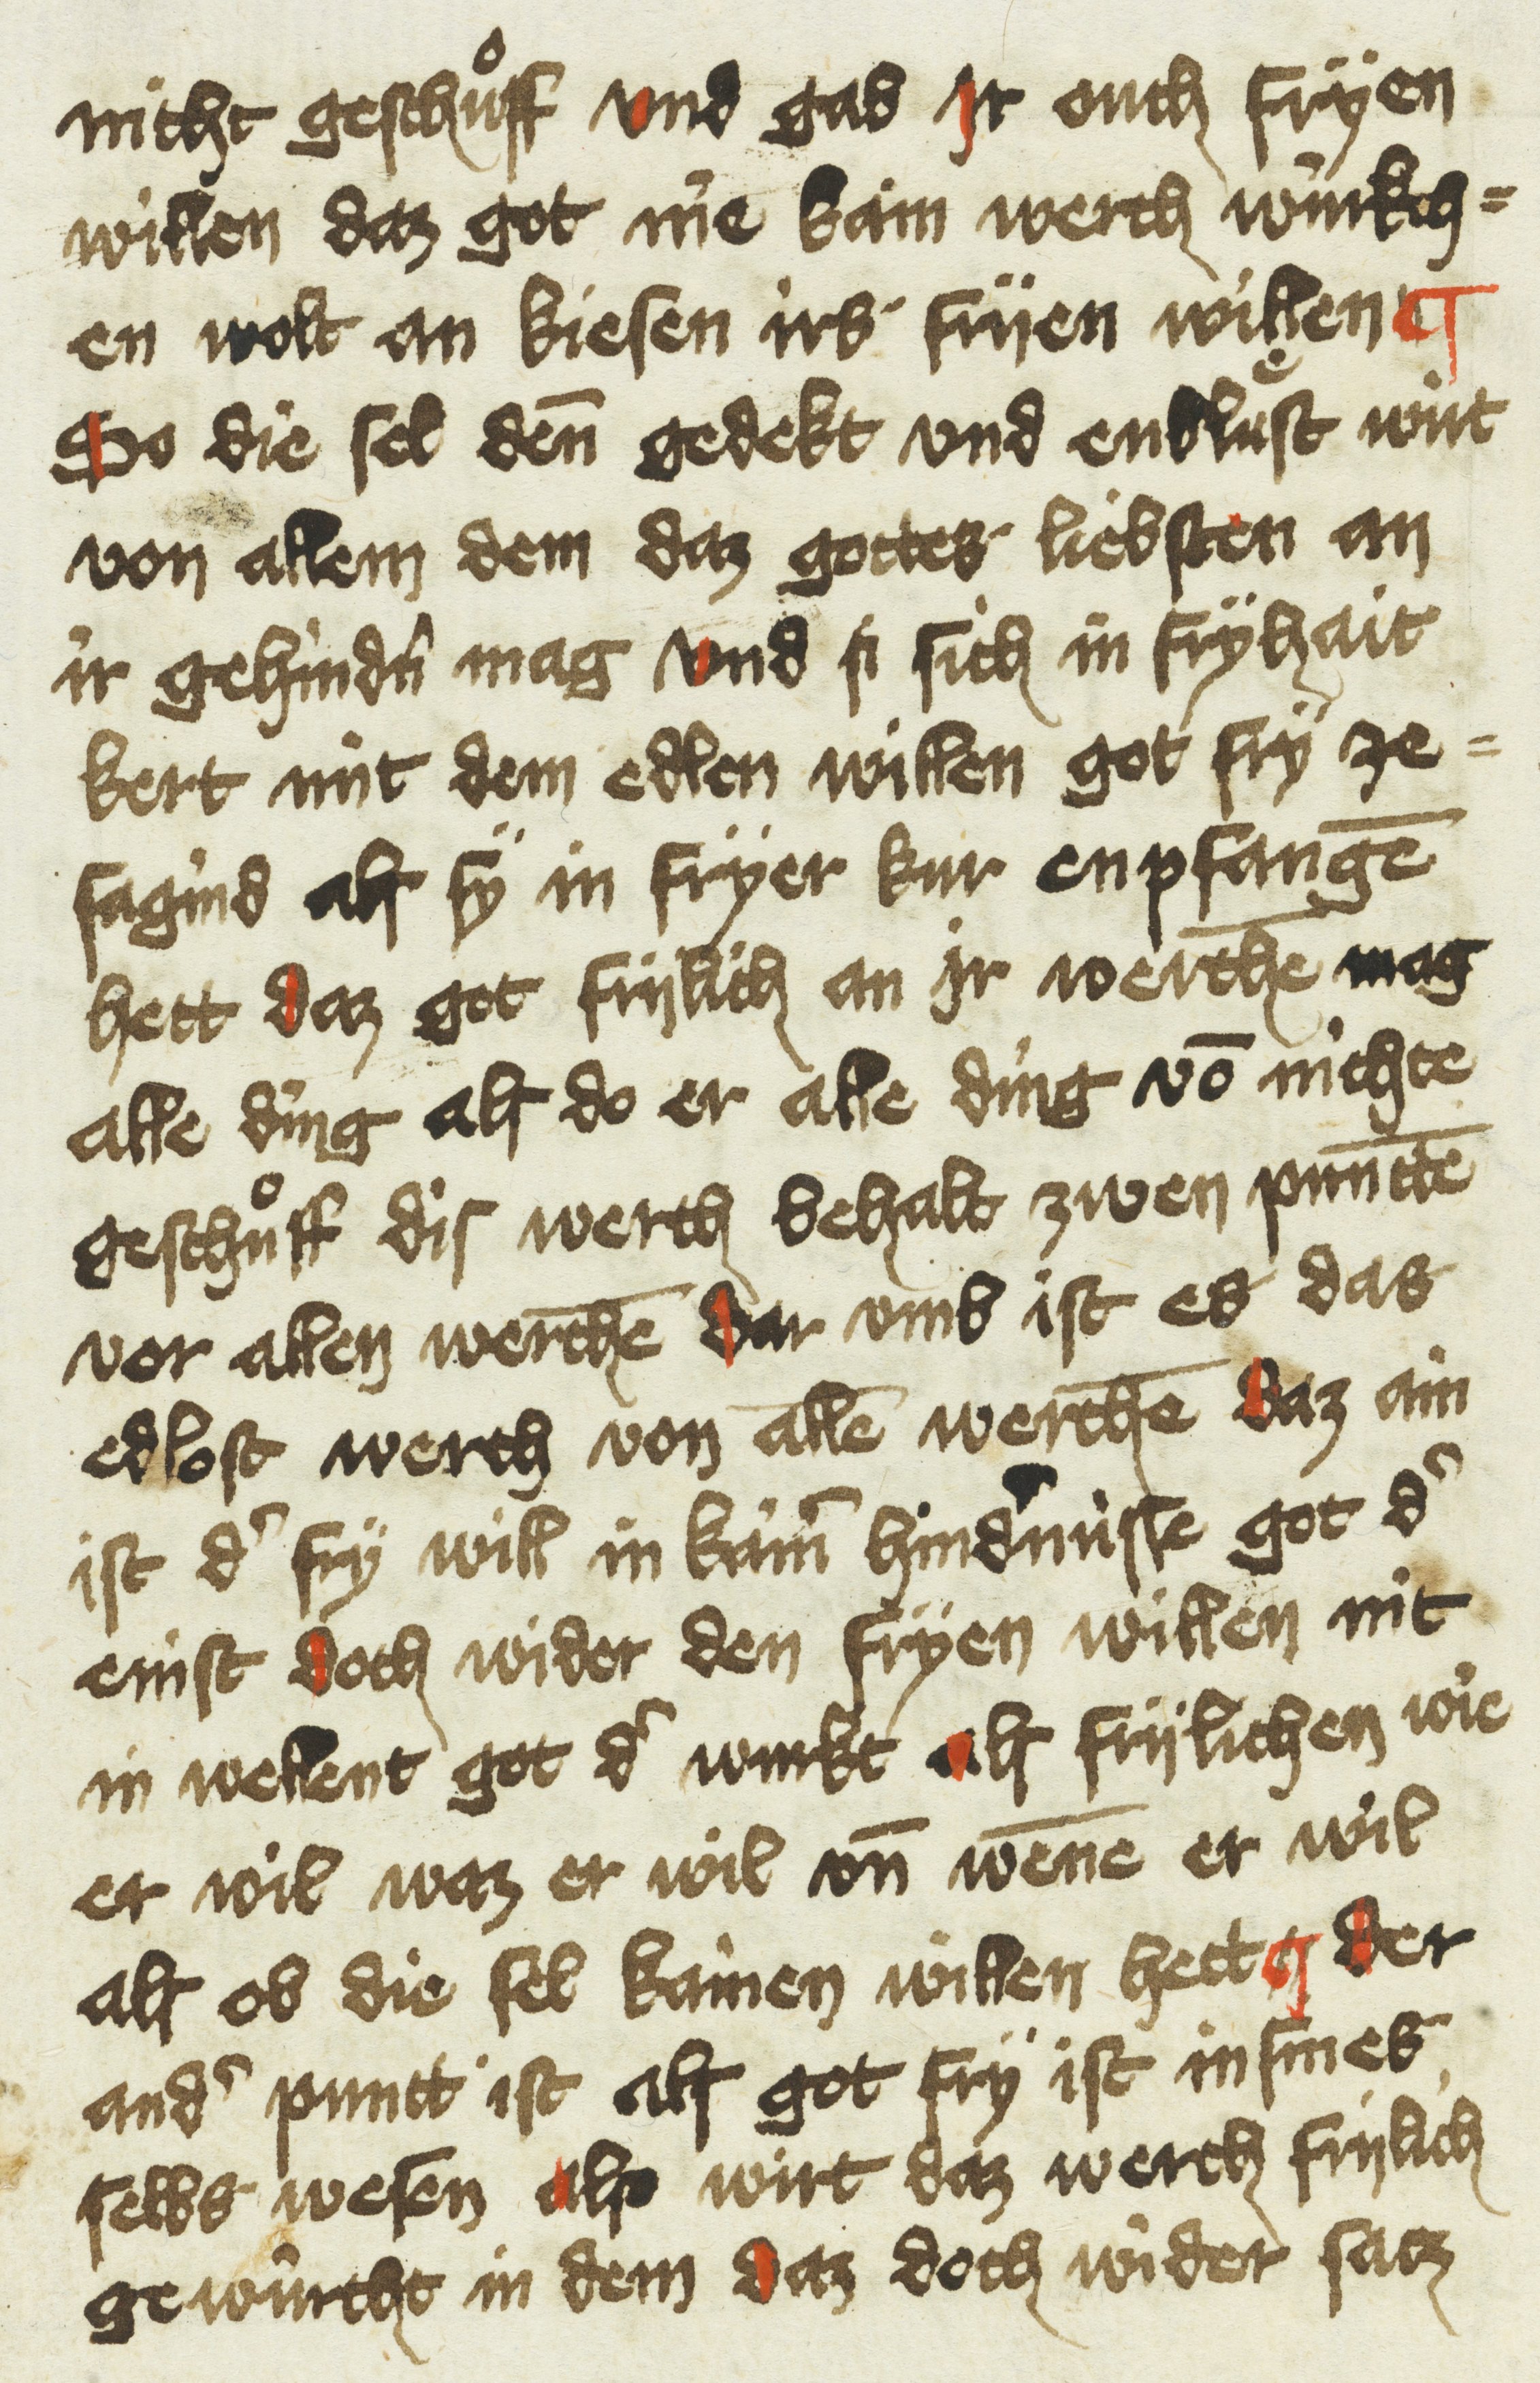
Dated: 1433–1499